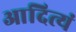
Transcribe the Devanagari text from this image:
आदित्यं